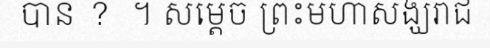
បាន ?  ។ សម្តេច ព្រះមហាសង្ឃរាជ